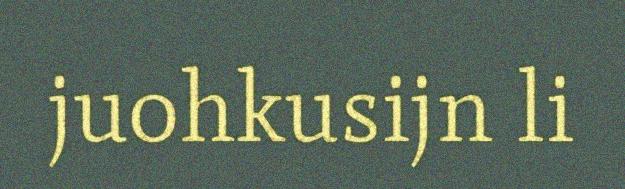
juohkusijn li